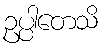
ဥပ္ပါတေသိ